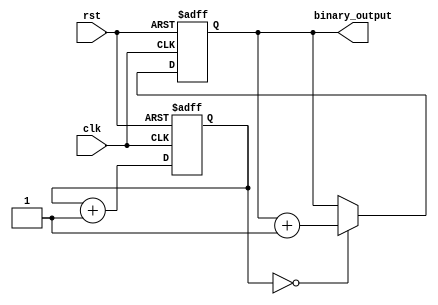
module binary_clock_divider (
    input wire clk,
    input wire rst,
    output reg [3:0] binary_output
);

reg [3:0] current_state;
reg [3:0] next_state;
reg [3:0] counter;

always @(posedge clk or posedge rst) begin
    if (rst) begin
        current_state <= 4'b0000;
        counter <= 4'b0000;
    end else begin
        current_state <= next_state;
        counter <= counter + 1;
    end
end

always @(*) begin
    if (counter == 4'b0000) begin
        next_state = current_state + 1;
    end else begin
        next_state = current_state;
    end
end

assign binary_output = current_state;

endmodule